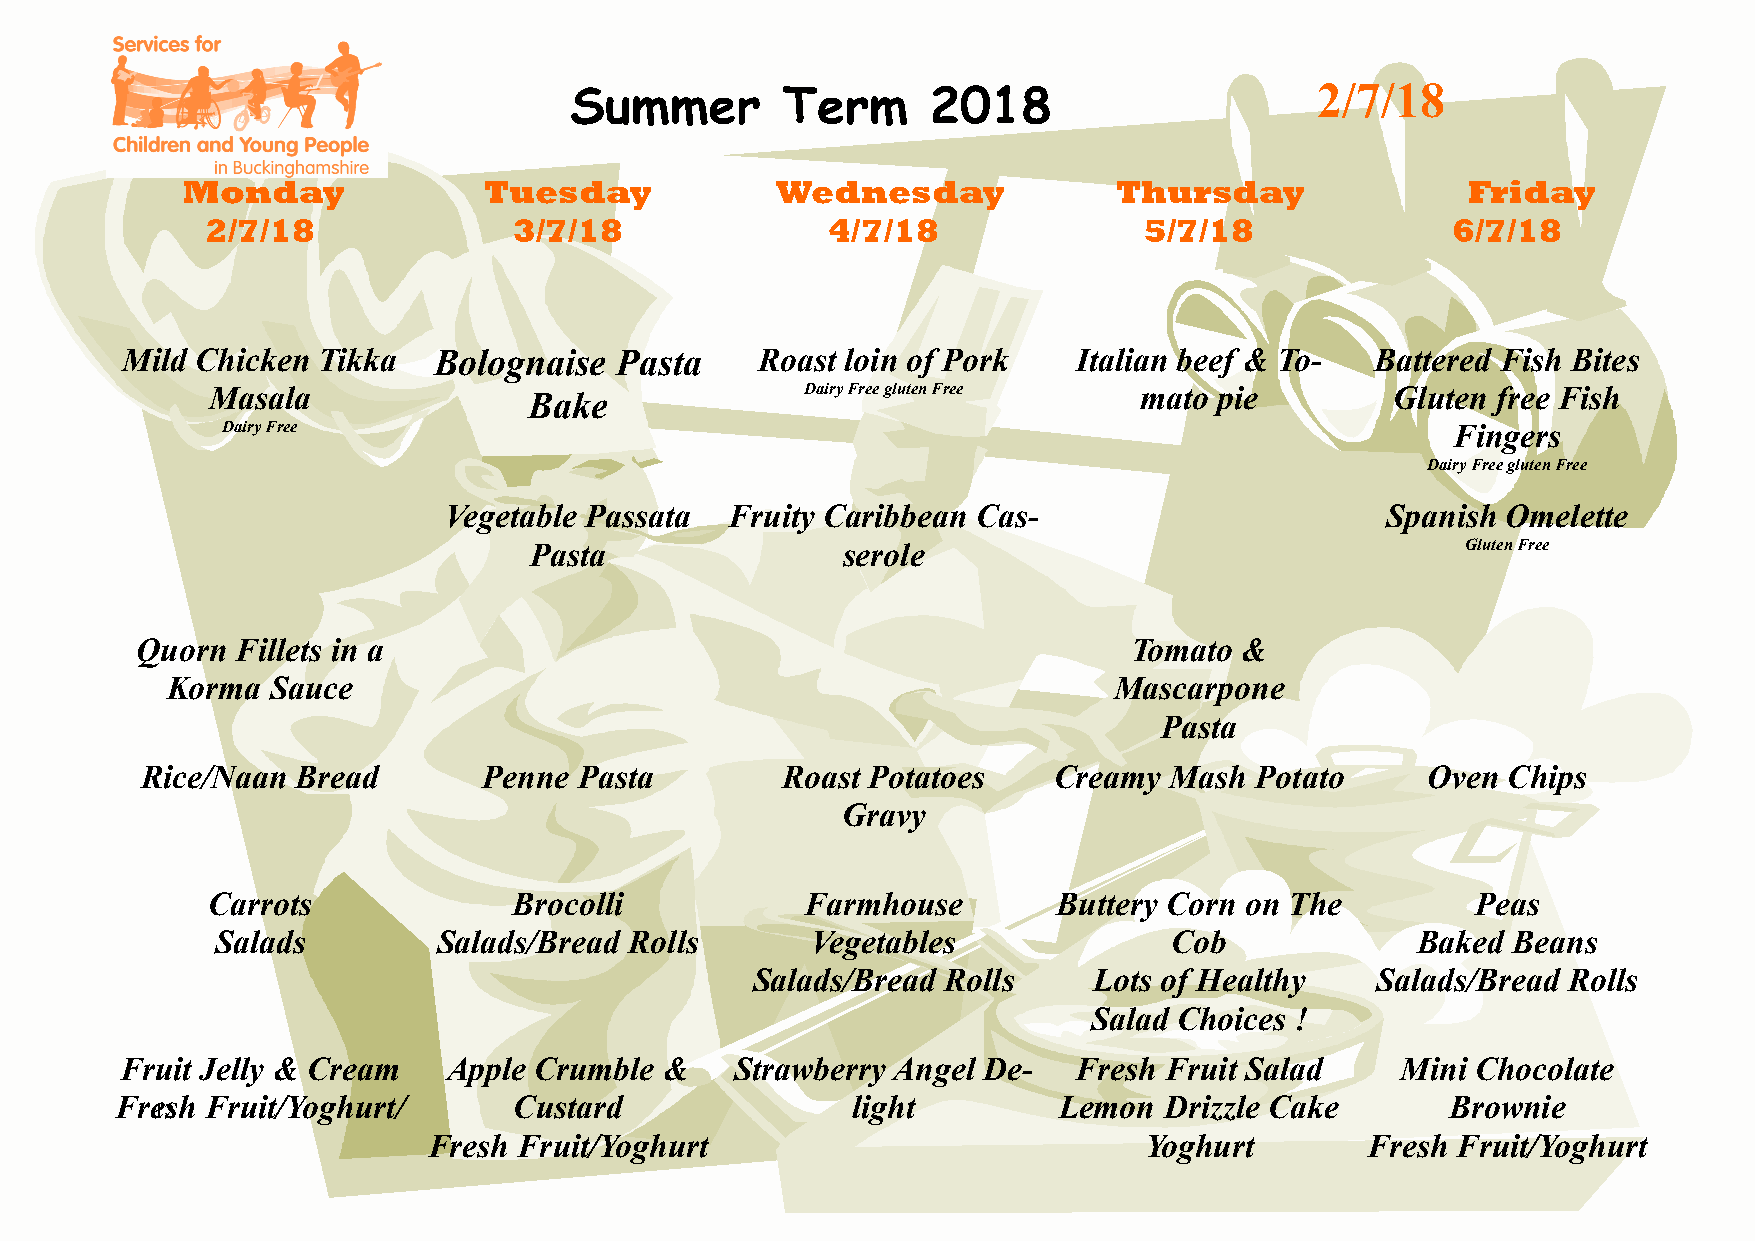
2/7/18
 Summer        Term      2018
 Monday              Tuesday            Wednesday              Thursday               Friday
 2/7/18              3/7/18               4/7/18               5/7/18              6/7/18
 Mild Chicken Tikka   Bolognaise  Pasta    Roast loin of Pork   Italian beef & To-  Battered Fish Bites
 Masala               Bake              Dairy Free gluten Free mato pie        Gluten free Fish
 Dairy Free                                                                       Fingers
 Dairy Free gluten Free
 Vegetable Passata  Fruity Caribbean Cas-                       Spanish Omelette
 Pasta                serole                                   Gluten Free
 Quorn  Fillets in a                                               Tomato &
 Korma  Sauce                                                   Mascarpone
 Pasta
 Rice/Naan  Bread       Penne Pasta         Roast Potatoes    Creamy Mash  Potato     Oven  Chips
 Gravy
 Carrots             Brocolli           Farmhouse        Buttery Corn on The         Peas
 Salads         Salads/Bread Rolls       Vegetables              Cob             Baked Beans
 Salads/Bread Rolls    Lots of Healthy    Salads/Bread Rolls
 Salad Choices !
 Fruit Jelly & Cream   Apple Crumble &    Strawberry Angel De-  Fresh Fruit Salad     Mini Chocolate
 Fresh Fruit/Yoghurt/      Custard               light         Lemon  Drizzle Cake       Brownie
 12
 Fresh Fruit/Yoghurt                             Yoghurt       Fresh Fruit/Yoghurt